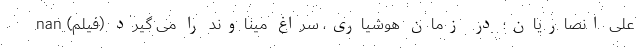
علی انصاریان؛ در زمان هوشیاری، سراغ میناوند را می گیرد (فیلم) nan